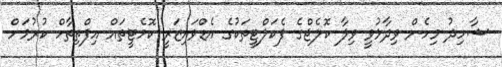
ޝާހިދު މިހެން ވިދާޅުވީ ވިލާ ކޮލެޖްގެ ފެކަލްޓީތަކުގެ އެޑްވައިޒަރީ ކޮމެޓީތައް އިފްތިތާހް ކުރުމަށް